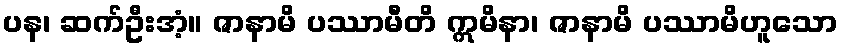
ပန၊ ဆက်ဦးအံ့။ ဇာနာမိ ပဿာမီတိ ဣမိနာ၊ ဇာနာမိ ပဿာမိဟူသော